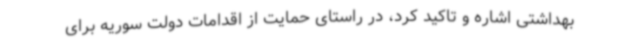
بهداشتی اشاره و تاکید کرد، در راستای حمایت از اقدامات دولت سوریه برای